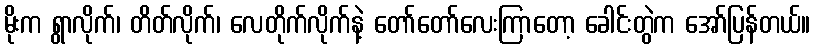
မိုးက ရွာလိုက်၊ တိတ်လိုက်၊ လေတိုက်လိုက်နဲ့ တော်တော်လေးကြာတော့ ခေါင်းတွဲက အော်ပြန်တယ်။